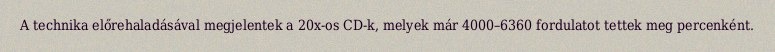
A technika előrehaladásával megjelentek a 20x-os CD-k, melyek már 4000–6360 fordulatot tettek meg percenként.